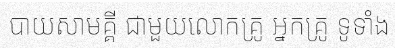
បាយសាមគ្គី ជាមួយលោកគ្រូ អ្នកគ្រូ ទូទាំង